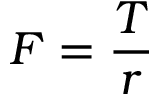
F = { \frac { T } { r } }